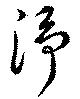
淨